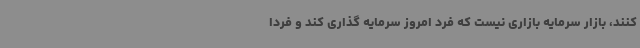
کنند، بازار سرمایه بازاری نیست که فرد امروز سرمایه گذاری کند و فردا